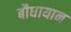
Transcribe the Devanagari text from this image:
बौधायान